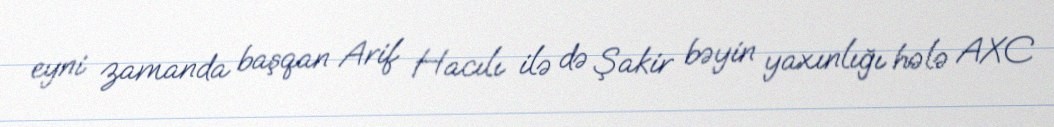
eyni zamanda başqan Arif Hacılı ilə də Şakir bəyin yaxınlığı hələ AXC